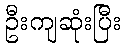
ဦးကျဆုံးပြီး